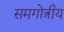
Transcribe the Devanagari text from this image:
समगोत्रीय